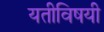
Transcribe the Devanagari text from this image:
यतीविषयी